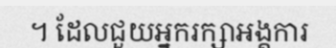
។ ដែលជួយអ្នករក្សាអង្គការ